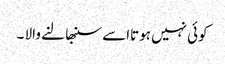
کوئی نہیں ہوتااسے سنبھا لنے والا ۔